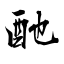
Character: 酏